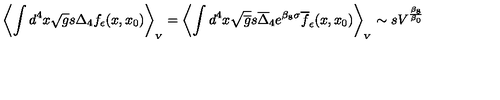
\left\langle \int d ^ { 4 } x \sqrt g s \Delta _ { 4 } f _ { \epsilon } ( x , x _ { 0 } ) \right\rangle _ { _ V } = \left\langle \int d ^ { 4 } x \sqrt { \overline { g } } s \overline { \Delta } _ { 4 } e ^ { \beta _ { 8 } \sigma } \overline { f } _ { \epsilon } ( x , x _ { 0 } ) \right\rangle _ { _ V } \sim s V ^ { \frac { \beta _ { 8 } } { \beta _ { 0 } } }